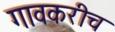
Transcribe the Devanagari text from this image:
गावकरीच